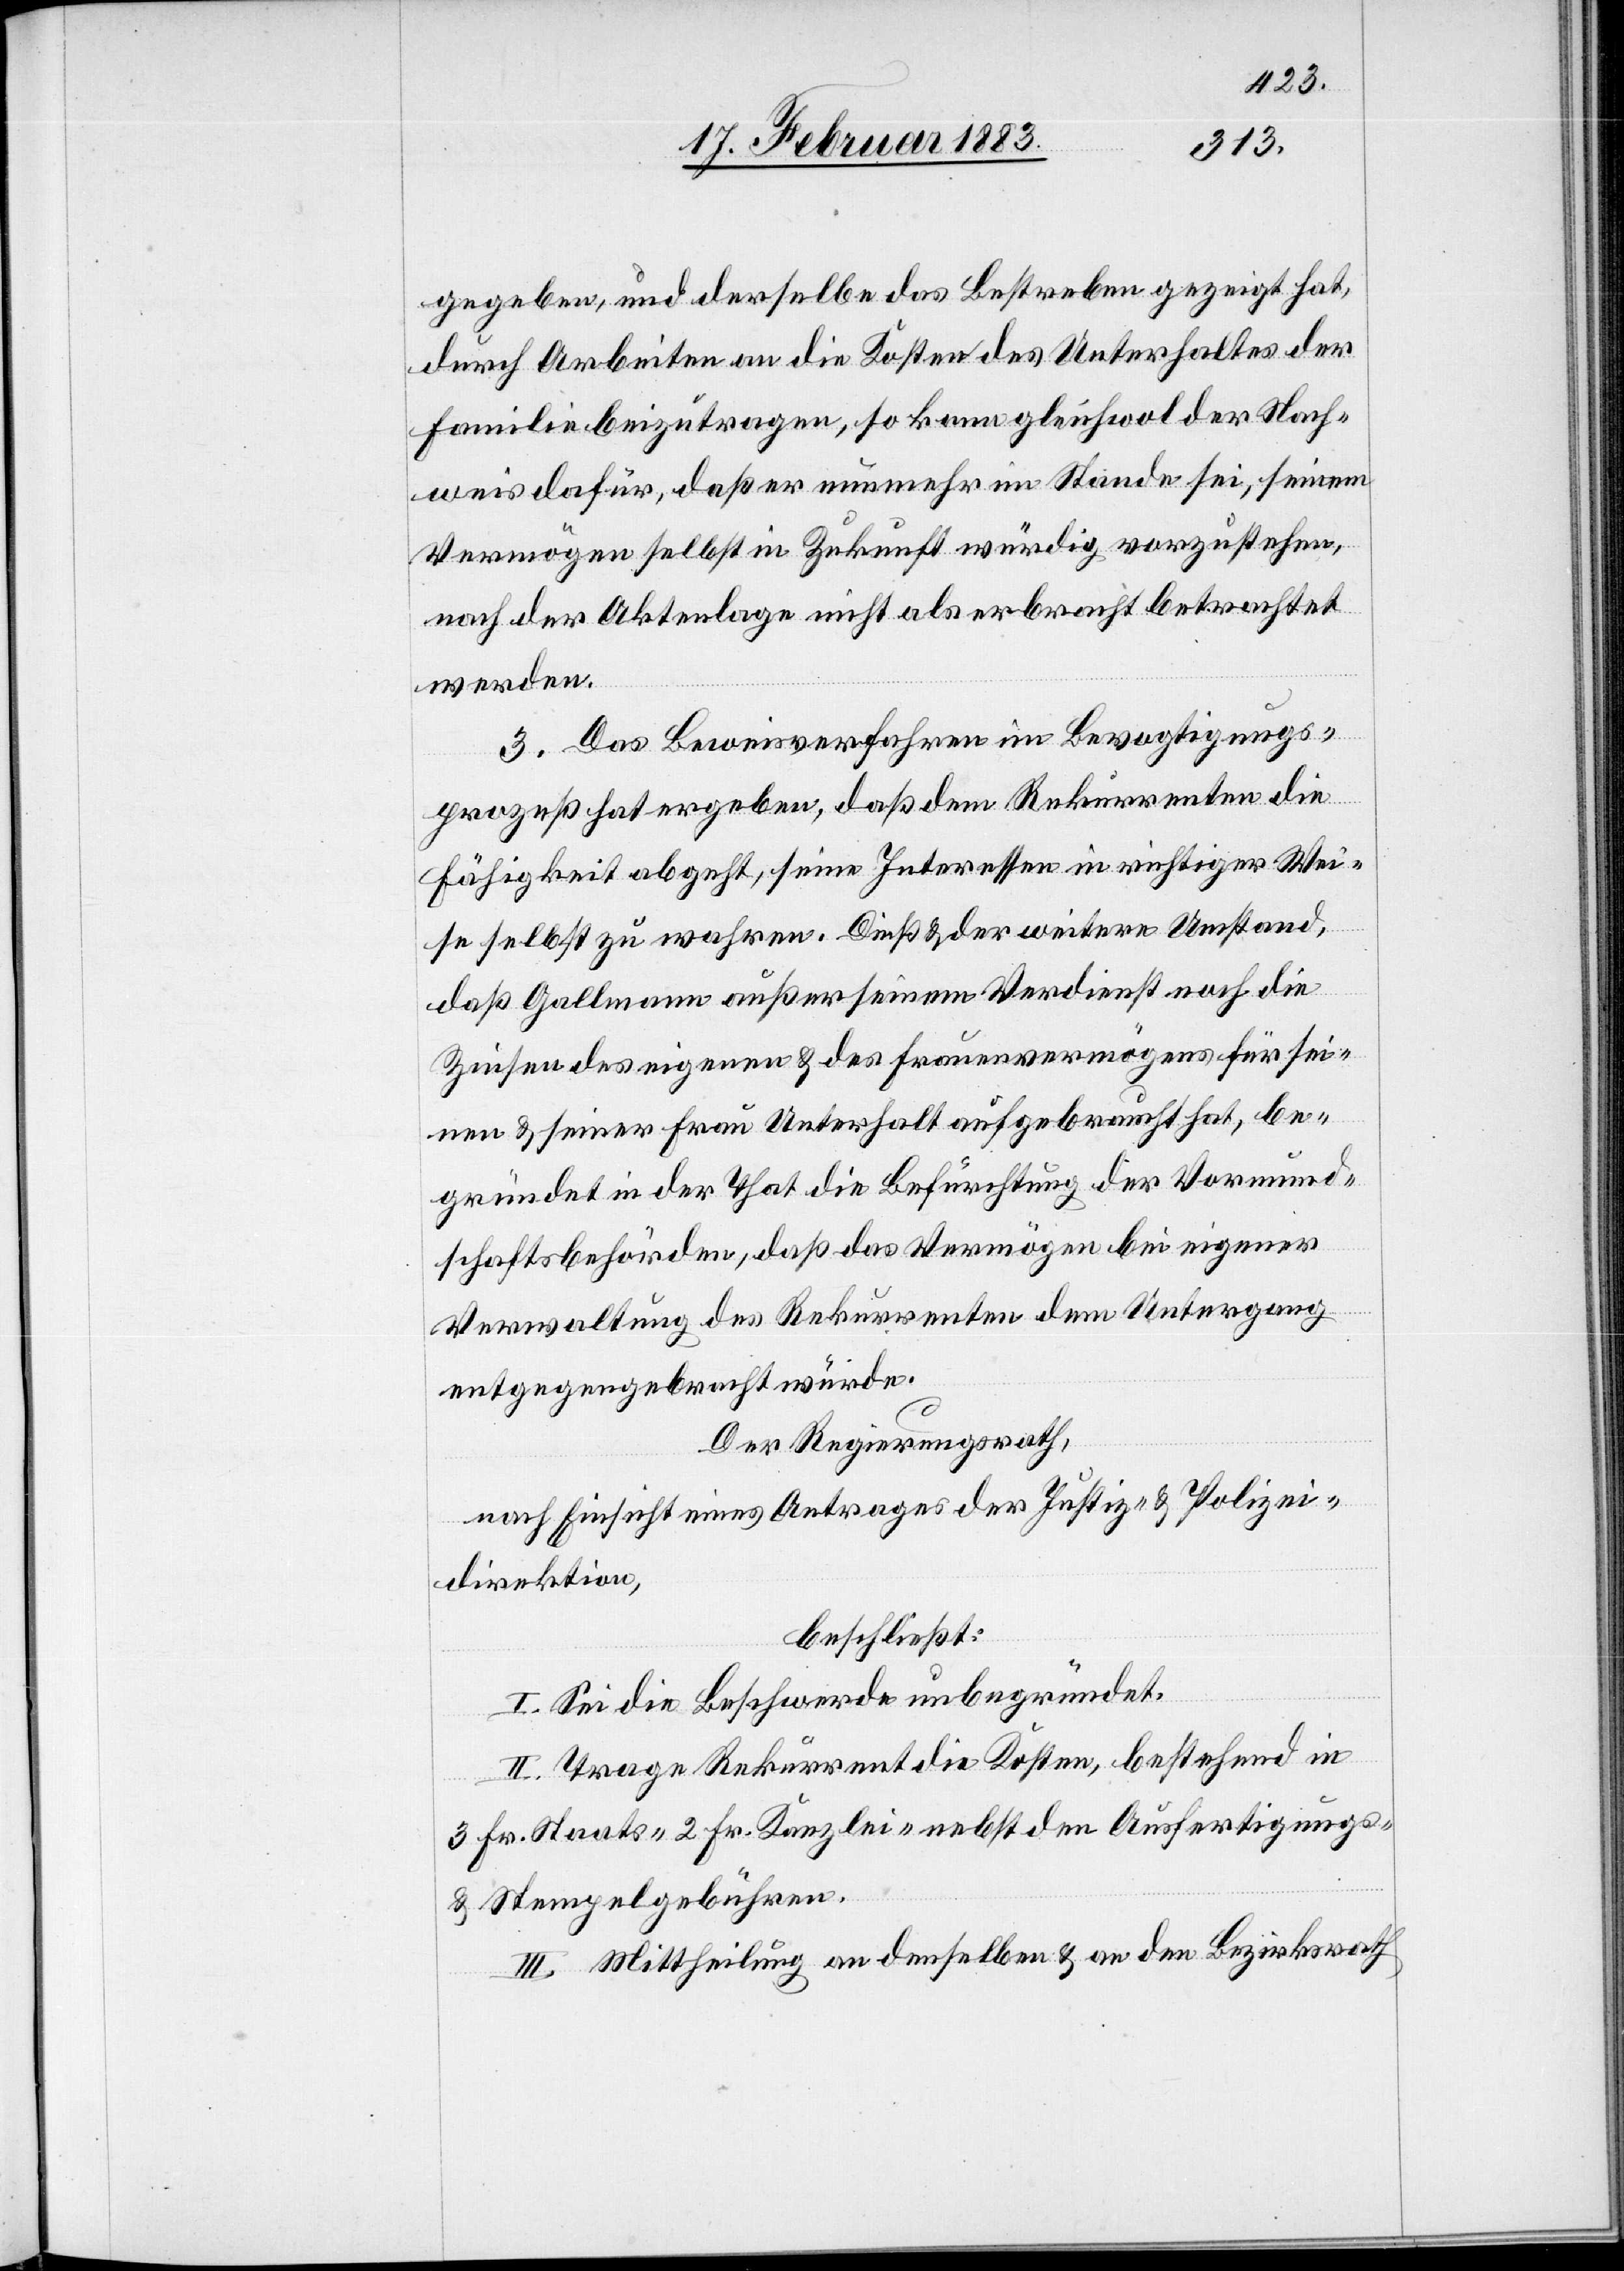
gegeben, und derselbe das Bestreben gezeigt hat,
durch Arbeiten an die Kosten des Unterhaltes der
Familie beizutragen, so kann gleichwol der Nach¬
weis dafür, daß er nunmehr im Stande sei, seinem
Vermögen selbst in Zukunft würdig vorzustehen,
nach der Aktenlage nicht als erbracht betrachtet
werden.
3. Das Beweisverfahren im Bevogtigungs¬
prozeß hat ergeben, daß dem Rekurrenten die
Fähigkeit abgeht, seine Interessen in richtiger Wei¬
se selbst zu wahren. Dieß & der Weitere Umstand,
daß Gallmann außer seinem Verdienst noch die
Zinsen des eigenen & des Frauenvermögens für sei¬
nen & seiner Frau Unterhalt aufgebraucht hat, be¬
gründet in der That die Befürchtung der Vormund¬
schaftsbehörden, daß das Vermögen bei eigener
Verwaltung des Rekurrenten dem Untergang
entgegengebracht würde.
Der Regierungsrath,
nach Einsicht eines Antrages der Justiz- & Polizei¬
direktion,
beschließt:
I. Sei die Beschwerde unbegründet.
II. Trage Rekurrent die Kosten, bestehend in
3. Fr. Staats- 2 Fr. Kanzlei- nebst den Ausfertigungs-
& Stempelgebühren.
III. Mittheilung an denselben & an den Bezirksrath